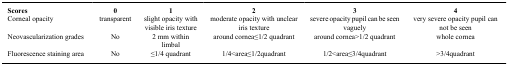
<table><thead><tr><td><b>Scores</b></td><td><b>0</b></td><td><b>1</b></td><td><b>2</b></td><td><b>3</b></td><td><b>4</b></td></tr></thead><tbody><tr><td>Corneal opacity</td><td>transparent</td><td>slight opacity with visible iris texture</td><td>moderate opacity with unclear iris texture</td><td>severe opacity pupil can be seen vaguely</td><td>very severe opacity pupil can not be seen</td></tr><tr><td>Neovascularization grades</td><td>No</td><td>2 mm within limbal</td><td>around cornea≤1/2 quadrant</td><td>around cornea&gt;1/2 quadrant</td><td>whole cornea</td></tr><tr><td>Fluorescence staining area</td><td>No</td><td>≤1/4 quadrant</td><td>1/4&lt;area≤1/2quadrant</td><td>1/2&lt;area≤3/4quadrant</td><td>&gt;3/4quadrant</td></tr></tbody></table>